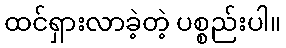
ထင်ရှားလာခဲ့တဲ့ ပစ္စည်းပါ။